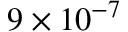
9 \times 1 0 ^ { - 7 }